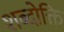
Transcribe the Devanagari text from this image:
शब्दोक्ति